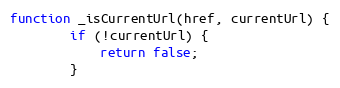
Language: JavaScript
function _isCurrentUrl(href, currentUrl) {
        if (!currentUrl) {
            return false;
        }